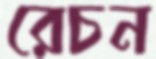
রেচন